Indian journal of veterinary science and animal husbandry - Volume 11,
Year: 1941
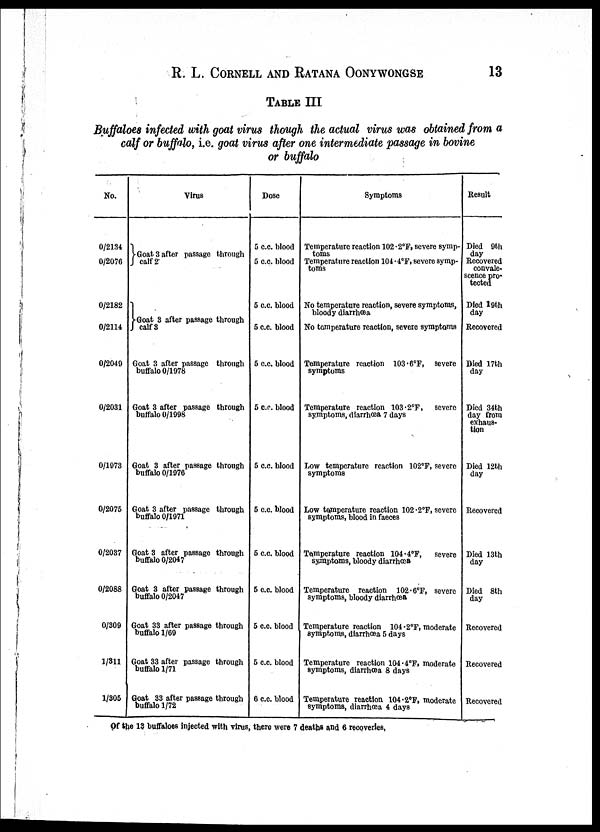
R. L. CORNELL AND RATANA OONYWONGSE 13
TABLE III
Buffaloes infected with goat virus though the actual virus was obtained from a
calf or buffalo, i.e. goat virus after one intermediate passage in bovine
or buffalo
No.
0/2134
0/2076
0/2182
0/2114
0/2049
0/2031
0/1973
0/2075
0/2037
0/2088
0/309
1/311
1/305
Virus
}Goat 3 after passage through
calf 2
}Goat 8 after passage through
calf 3
Goat 3 after passage through
buffalo 0/1978
Goat 3 after passage through
buffalo 0/1998
Goat 3 after passage through
buffalo 0/1976
Goat 3 after passage through
buffalo 0/1971
Goat 3 after passage through
buffalo 0/2047
Goat 3 after passage through
buffalo 0/2047
Goat 33 after passage through
buffalo 1/69
Goat 33 after passage through
buffalo 1/71
Goat 33 after passage through
buffalo 1/72
Dose
5 c.c. blood
5 c.c. blood
5 c.c. blood
5 c.c. blood
5 c.c. blood
5 c.c. blood
5 c.c. blood
5 c.c. blood
5 c.c. blood
5 c.c. blood
5 c.c. blood
5 c.c. blood
6 c.c. blood
Symptoms
Temperature reaction 102.2°F, severe symp¬
toms
Temperature reaction 104.4°F, severe symp-
toms
No temperature reaction, severe symptoms,
bloody diarrhœa
No temperature reaction, severe symptoms
Temperature reaction 103.6°F, severe
symptoms
Temperature reaction 103.2°F, severe
symptoms, diarrhœa 7 days
Low temperature reaction 102°F, severe
symptoms
Low temperature reaction 102°F, severe
symptoms, blood in faeces
Temperature reaction 104°F,
severe
symptoms, bloody diarrhœa
Temperature reaction 102.6°F, severe
symptoms, bloody diarrhœa
Temperature reaction 104.6°F, moderate
symptoms, diarrhœa 5 days
Temperature reaction 104.4°F, moderate
symptoms, diarrhœa 8 days
Temperature reaction 104.2°F, moderate
symptoms, diarrhœa 4 days
Result
Died 9th
day
Recovered
convale-
scence pro-
tected
Died 19th
day
Recovered
Died 17th
day
Died 34th
day from
exhaus-
tion
Died 12th
day
Recovered
Died 13th
day
Died 8th
day
Recovered
Recovered
Recovered
Of the 13 buffaloes injected with virus, there were 7 deaths and 6 recoveries,